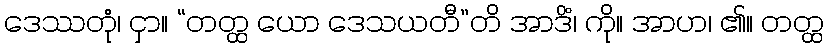
ဒေဿတုံ၊ ငှာ။ “တတ္ထ ယော ဒေသယတီ”တိ အာဒိံ၊ ကို။ အာဟ၊ ၏။ တတ္ထ